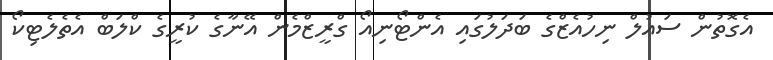
އެގޮތުން ސައުލް ނިހުއެޒްގެ ބަދަލުގައި އެންޓޯނިއޯ ގްރީޒްމެން އޭނާގެ ކުރީގެ ކްލަބް އެތެލެޓިކޯ